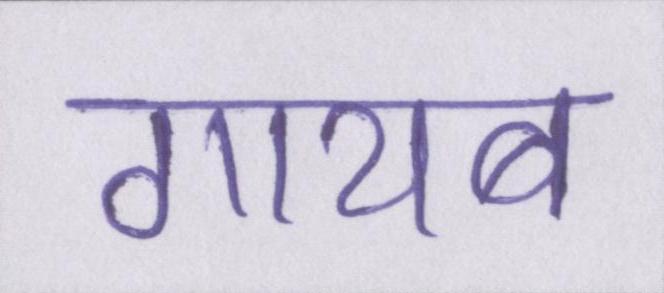
गायब